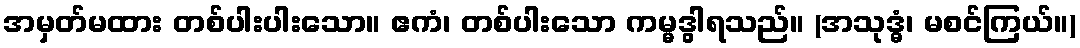
အမှတ်မထား တစ်ပါးပါးသော။ ဧကံ၊ တစ်ပါးသော ကမ္မဒွါရသည်။ (အသုဒ္ဓံ၊ မစင်ကြယ်။)